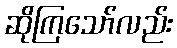
ဆိုကြသော်လည်း